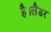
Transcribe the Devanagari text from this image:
है।लैंडर